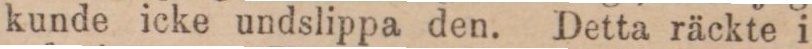
kunde icke undslippa den. Detta räckte i